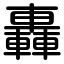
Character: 轟